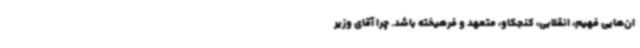
ان‌هایی فهیم، انقلابی، کنجکاو، متعهد و فرهیخته باشد. چرا آقای وزیر